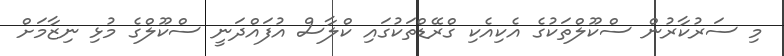
މި ސަރުކާރުން ސްކޫލްތަކުގެ އެކިއެކި ގްރޭޑްތަކުގައި ކްލާސް އުފައްދަނީ ސްކޫލްގެ މުޅި ނިޒާމަށް